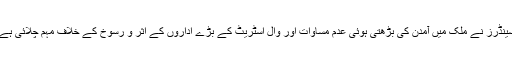
سینڈرز نے ملک میں آمدن کی بڑھتی ہوئی عدم مساوات اور وال اسٹریٹ کے بڑے اداروں کے اثر و رسوخ کے خلاف مہم چلائی ہے۔